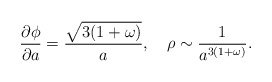
\begin{align*}\frac{\partial \phi}{\partial a}= \frac{\sqrt {3(1+\omega)}}{a},~~~\rho \sim \frac{1}{a^{3(1+\omega)}}.\end{align*}